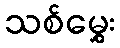
သစ်မွှေး